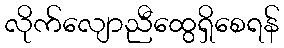
လိုက်လျောညီထွေရှိစေရန်